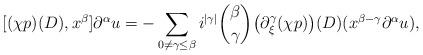
LaTeX: \begin{align*}[(\chi p)(D),x^\beta]\partial^\alpha u=-\sum_{0\not=\gamma\leq\beta}i^{|\gamma|}\binom{\beta}{\gamma}\big(\partial^\gamma_\xi (\chi p)\big)(D)(x^{\beta-\gamma}\partial^\alpha u),\end{align*}